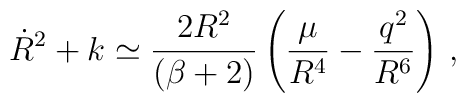
\dot{R}^2+k \simeq \frac{2 R^2}{(\beta+2)}\left(\frac{\mu}{R^4}-\frac{q^2}{R^6}\right)\,,